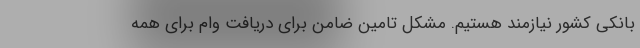
بانکی کشور نیازمند هستیم. مشکل تامین ضامن برای دریافت وام برای همه